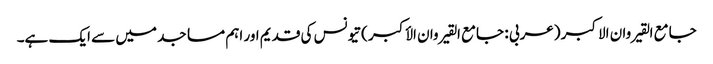
جامع القیروان الاکبر (عربی : جامع القیروان الأکبر ) تیونس کی قدیم اور اہم مساجد میں سے ایک ہے۔